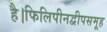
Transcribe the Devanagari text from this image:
है।फिलिपीनद्वीपसमूह